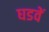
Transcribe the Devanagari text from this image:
घडवें